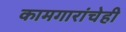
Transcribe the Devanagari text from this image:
कामगारांचेही